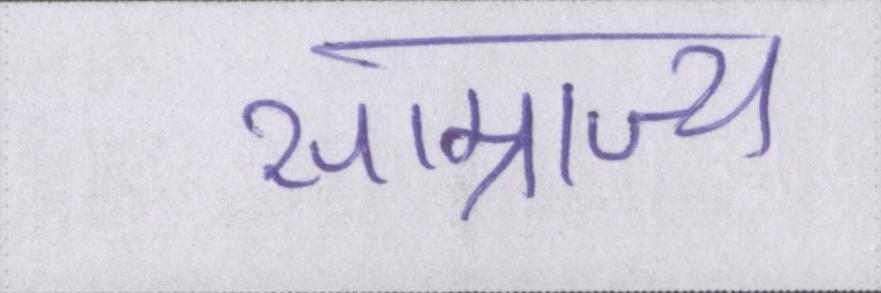
साम्राज्य